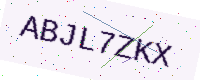
Text: ABJL7ZKX